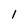
Character: 1